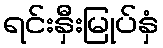
ရင်းနှီးမြုပ်နှံ